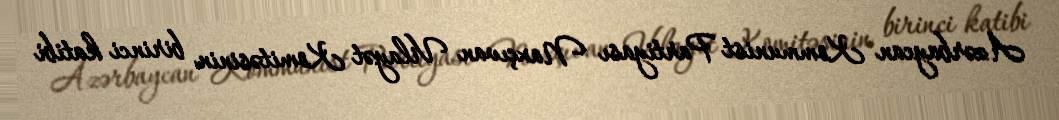
Azərbaycan Kommunist Partiyası Naxçıvan Vilayət Komitəsinin birinci katibi